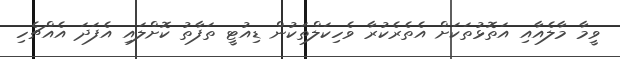
ވީމާ މާލެއާއި އަތޮޅުތަކަށް އެތެރެކުރާ ވެހިކަލްތަކުން ޑިއުޓީ ތަފާތު ކޮށްލައި އެފަދަ އެއްޗެހި